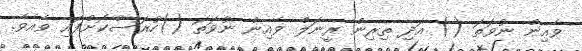
ވެއިން ނުވަތަ () އަދި ތިރިން ރީނަލް ވެއިން ނުވަތަ ()ހުރަސްކޮށްފައި ވެއެވެ.